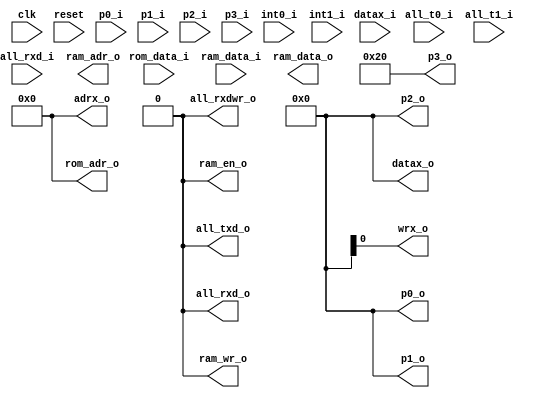
module mc8051_core(
    input           clk,
    input           reset,
    input  [7:0]    rom_data_i,
    input  [7:0]    ram_data_i,
    input           int0_i,
    input           int1_i,
    input           all_t0_i,
    input           all_t1_i,
    input           all_rxd_i,
    input  [7:0]    p0_i,
    input  [7:0]    p1_i,
    input  [7:0]    p2_i,
    input  [7:0]    p3_i,
    output [7:0]    p0_o,
    output [7:0]    p1_o,
    output [7:0]    p2_o,
    output [7:0]    p3_o,
    output          all_rxd_o,
    output          all_txd_o,
    output          all_rxdwr_o,
    output [15:0]   rom_adr_o,
    output [ 7:0]   ram_data_o,
    output [ 6:0]   ram_adr_o,
    output          ram_wr_o,
    output          ram_en_o,
    input  [ 7:0]   datax_i,
    output [ 7:0]   datax_o,
    output [15:0]   adrx_o,
    output          wrx_o
);

assign rom_adr_o = 16'd0;
assign ram_en_o  = 1'b0;
assign ram_wr_o  = 1'b0;
assign datax_o   = 8'd0;
assign adrx_o    = 16'd0;

assign p0_o      = 8'd0;
assign p1_o      = 8'd0;
assign p2_o      = 8'd0;
assign p3_o      = 8'h20;

assign all_rxd_o = 1'b0;
assign all_txd_o = 1'b0;
assign all_rxdwr_o = 1'b0;

endmodule // mc8051_core